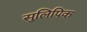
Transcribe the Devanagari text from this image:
सुलिपिक